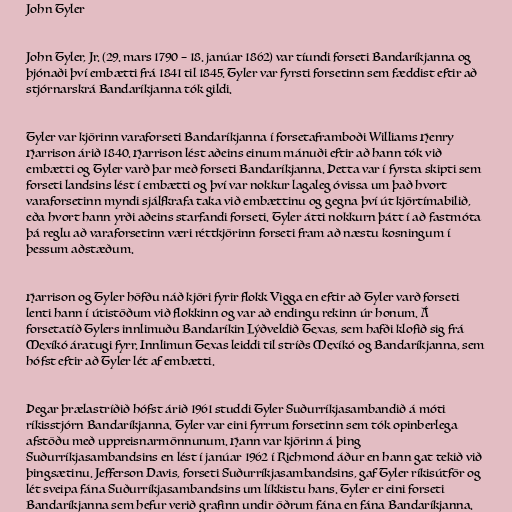
John Tyler

John Tyler, Jr. (29. mars 1790 – 18. janúar 1862) var tíundi forseti Bandaríkjanna og
þjónaði því embætti frá 1841 til 1845. Tyler var fyrsti forsetinn sem fæddist eftir að
stjórnarskrá Bandaríkjanna tók gildi.

Tyler var kjörinn varaforseti Bandaríkjanna í forsetaframboði Williams Henry
Harrison árið 1840. Harrison lést aðeins einum mánuði eftir að hann tók við
embætti og Tyler varð þar með forseti Bandaríkjanna. Þetta var í fyrsta skipti sem
forseti landsins lést í embætti og því var nokkur lagaleg óvissa um það hvort
varaforsetinn myndi sjálfkrafa taka við embættinu og gegna því út kjörtímabilið,
eða hvort hann yrði aðeins starfandi forseti. Tyler átti nokkurn þátt í að fastmóta
þá reglu að varaforsetinn væri réttkjörinn forseti fram að næstu kosningum í
þessum aðstæðum.

Harrison og Tyler höfðu náð kjöri fyrir flokk Vigga en eftir að Tyler varð forseti
lenti hann í útistöðum við flokkinn og var að endingu rekinn úr honum. Á
forsetatíð Tylers innlimuðu Bandaríkin Lýðveldið Texas, sem hafði klofið sig frá
Mexíkó áratugi fyrr. Innlimun Texas leiddi til stríðs Mexíkó og Bandaríkjanna, sem
hófst eftir að Tyler lét af embætti.

Þegar þrælastríðið hófst árið 1961 studdi Tyler Suðurríkjasambandið á móti
ríkisstjórn Bandaríkjanna. Tyler var eini fyrrum forsetinn sem tók opinberlega
afstöðu með uppreisnarmönnunum. Hann var kjörinn á þing
Suðurríkjasambandsins en lést í janúar 1962 í Richmond áður en hann gat tekið við
þingsætinu. Jefferson Davis, forseti Suðurríkjasambandsins, gaf Tyler ríkisútför og
lét sveipa fána Suðurríkjasambandsins um líkkistu hans. Tyler er eini forseti
Bandaríkjanna sem hefur verið grafinn undir öðrum fána en fána Bandaríkjanna.